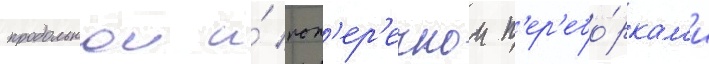
продольнои и́ поп'ер'ечнои п'ер'ебо́ркам'и